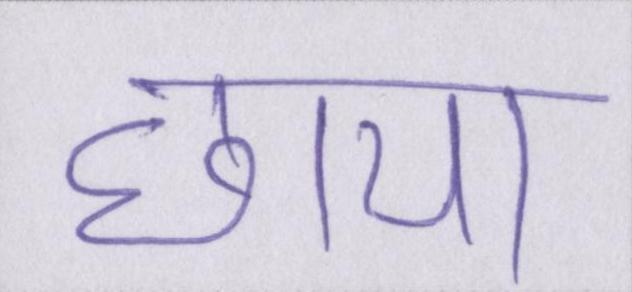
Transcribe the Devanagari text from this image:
छाया